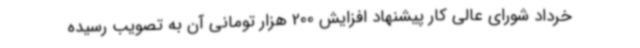
خرداد شورای عالی کار پیشنهاد افزایش 200 هزار تومانی آن به تصویب رسیده